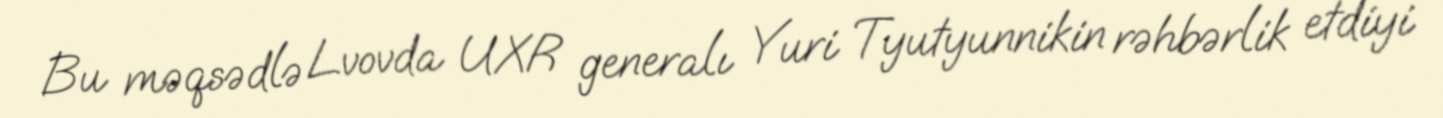
Bu məqsədlə Lvovda UXR generalı Yuri Tyutyunnikin rəhbərlik etdiyi